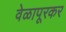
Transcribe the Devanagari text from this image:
वेळापूरकर